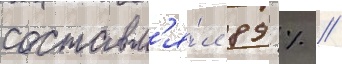
составл'я́л 89 % //